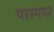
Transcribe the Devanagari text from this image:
परस्पपर